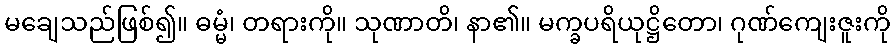
မချေသည်ဖြစ်၍။ ဓမ္မံ၊ တရားကို။ သုဏာတိ၊ နာ၏။ မက္ခပရိယုဋ္ဌိတော၊ ဂုဏ်ကျေးဇူးကို